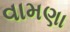
વામણા